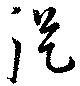
従